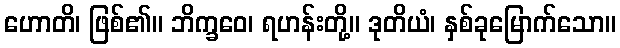
ဟောတိ၊ ဖြစ်၏။ ဘိက္ခဝေ၊ ရဟန်းတို့။ ဒုတိယံ၊ နှစ်ခုမြောက်သော။